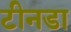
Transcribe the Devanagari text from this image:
टीनडा